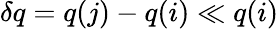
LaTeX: \delta q=q(j)-q(i)\ll q(i)